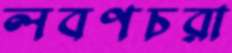
লবণচরা